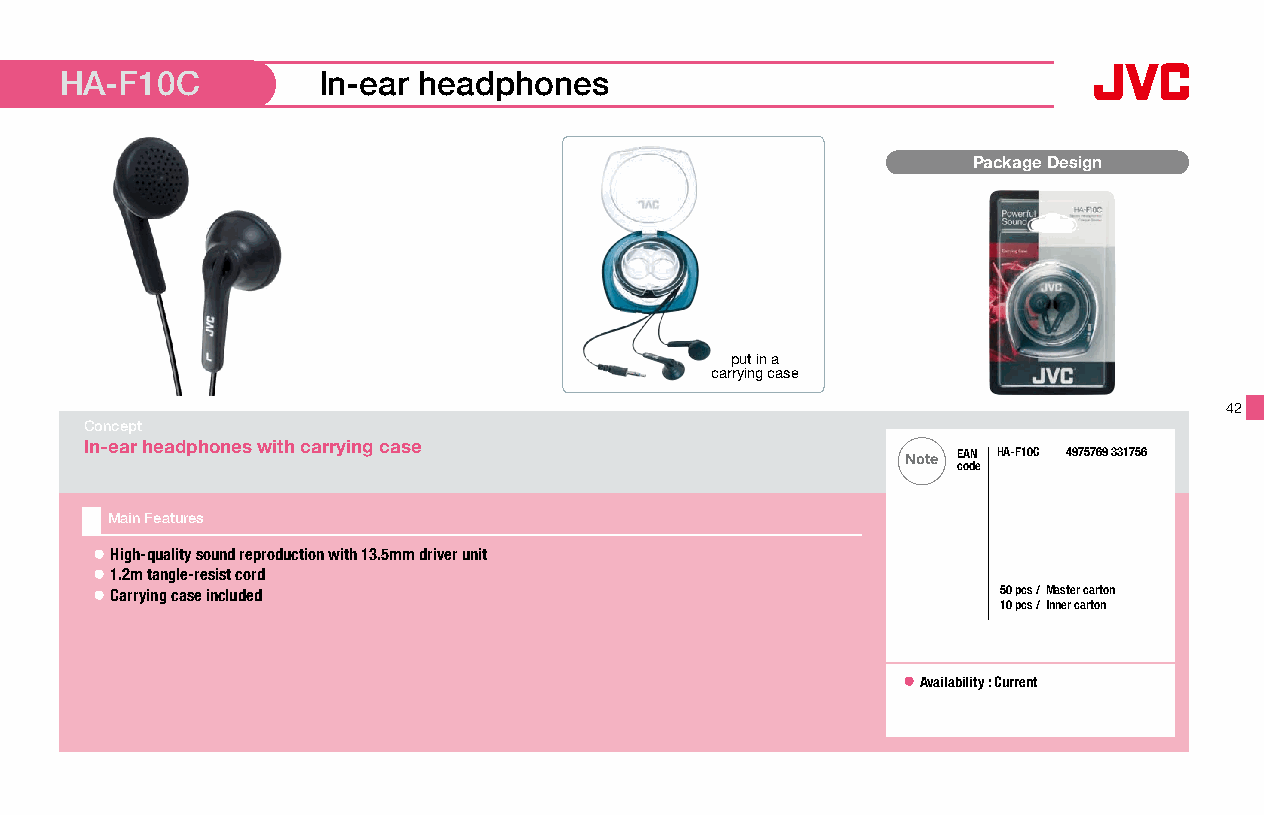
HA-F10C          In-ear headphones
 Package Design
 put in a
 carrying case
 42
 Concept
 In-ear headphones with carrying case
 Note EAN HA-F10C 4975769 331756
 code
 Main Features
 ● High-quality sound reproduction with 13.5mm driver unit
 ● 1.2m tangle-resist cord
 ● Carrying case included                                    50 pcs /Master carton
 10 pcs / Inner carton
 ● A vailability : Current